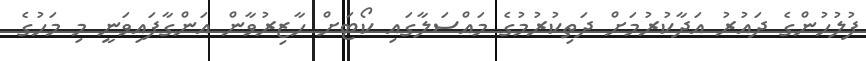
ފުލުހުންގެ ދައުރު އަދާކުރުމަށް ދަތިކުރުމުގެ މައްސަލާގައި ކޯޓަށް ހާޒިރުވާން އަންގާފައިވަނީ މި މަހުގެ